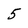
Character: 5